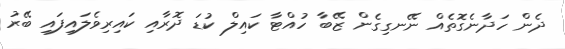
ދެން ހަދާނެގޮތެއް ނޭނގިގެން ޒޭބާ ހުއްޓާ ކައިލް ކުޑަ ދޮރާއި ކައިރިވެލައިފައި ބޭރު